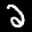
Label: 2